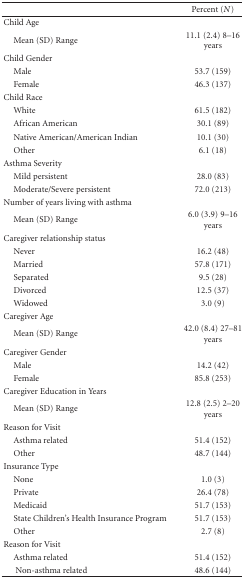
|  | Percent (N) |
 | --- | --- |
 | Child Age |  |
 | Mean (SD) Range | 11.1 (2.4) 8–16 years |
 | Child Gender |  |
 | Male | 53.7 (159) |
 | Female | 46.3 (137) |
 | Child Race |  |
 | White | 61.5 (182) |
 | African American | 30.1 (89) |
 | Native American/American Indian | 10.1 (30) |
 | Other | 6.1 (18) |
 | Asthma Severity |  |
 | Mild persistent | 28.0 (83) |
 | Moderate/Severe persistent | 72.0 (213) |
 | Number of years living with asthma |  |
 | Mean (SD) Range | 6.0 (3.9) 9–16 years |
 | Caregiver relationship status |  |
 | Never | 16.2 (48) |
 | Married | 57.8 (171) |
 | Separated | 9.5 (28) |
 | Divorced | 12.5 (37) |
 | Widowed | 3.0 (9) |
 | Caregiver Age |  |
 | Mean (SD) Range | 42.0 (8.4) 27–81 years |
 | Caregiver Gender |  |
 | Male | 14.2 (42) |
 | Female | 85.8 (253) |
 | Caregiver Education in Years |  |
 | Mean (SD) Range | 12.8 (2.5) 2–20 years |
 | Reason for Visit |  |
 | Asthma related | 51.4 (152) |
 | Other | 48.7 (144) |
 | Insurance Type |  |
 | None | 1.0 (3) |
 | Private | 26.4 (78) |
 | Medicaid | 51.7 (153) |
 | State Children's Health Insurance Program | 51.7 (153) |
 | Other | 2.7 (8) |
 | Reason for Visit |  |
 | Asthma related | 51.4 (152) |
 | Non-asthma related | 48.6 (144) |